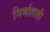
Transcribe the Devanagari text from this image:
निर्माताही